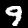
Label: 9